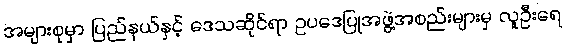
အများစုမှာ ပြည်နယ်နှင့် ဒေသဆိုင်ရာ ဥပဒေပြုအဖွဲ့အစည်းများမှ လူဦးရေ